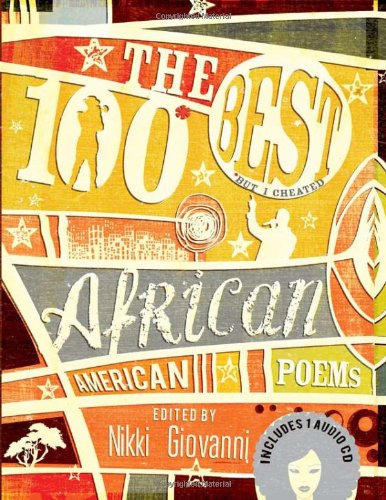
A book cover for The 100 Best African American Poems; Nikki Giovanni; Literature & Fiction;